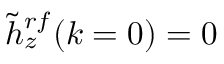
\protect \tilde { h } _ { z } ^ { r f } ( k = 0 ) = 0